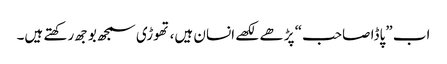
اب ”پاڈا صاحب“ پڑھے لکھے انسان ہیں، تھوڑی سمجھ بوجھ رکھتے ہیں۔